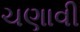
ચણાવી